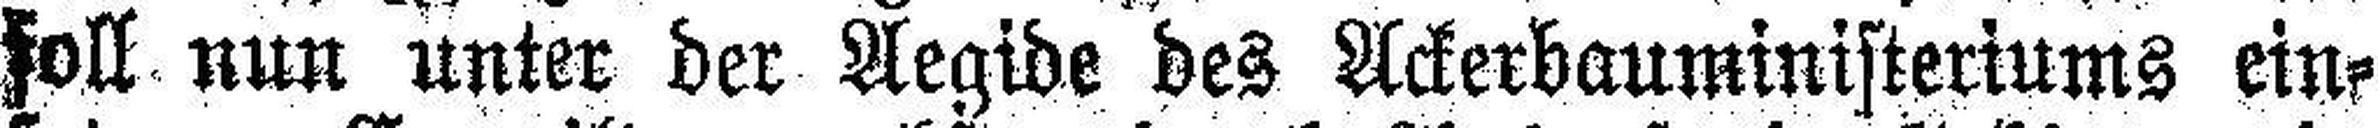
soll nun unter der Aegide des Ackerbauministeriums ein¬